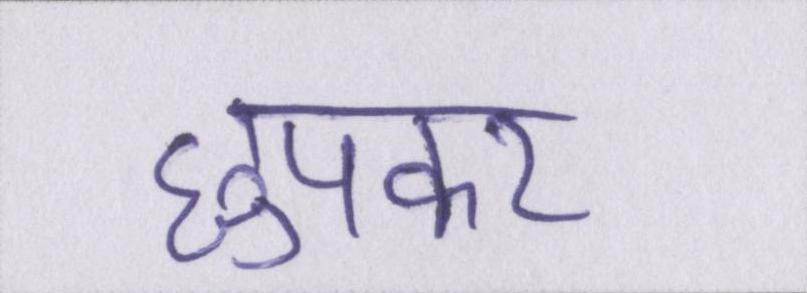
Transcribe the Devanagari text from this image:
छुपकर